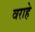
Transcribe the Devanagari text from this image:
वराहे